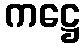
ကဋ္ဌေ